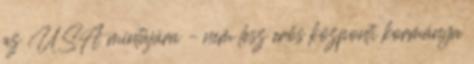
az USA mintájára – nem lesz erős központi kormánya